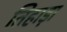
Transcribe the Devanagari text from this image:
तिहाड़ा